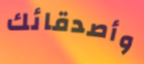
وأصدقائك